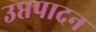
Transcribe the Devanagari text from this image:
उप्तपादन